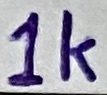
Text: 1k